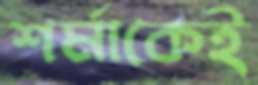
শর্মাকেই